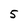
Character: 5